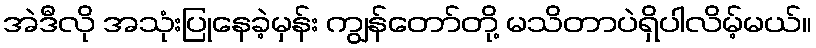
အဲဒီလို အသုံးပြုနေခဲ့မှန်း ကျွန်တော်တို့ မသိတာပဲရှိပါလိမ့်မယ်။